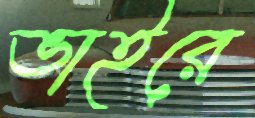
ভাইরে